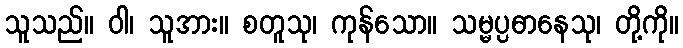
သူသည်။ ဝါ၊ သူအား။ စတူသု၊ ကုန်သော။ သမ္မပ္ပဓာနေသု၊ တို့ကို။